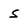
Character: s